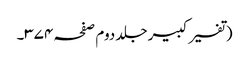
(تفسیر کبیر جلد دوم صفحہ ۳۷۴۔